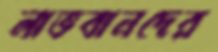
লাভবানদের